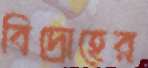
বিদ্রোহের